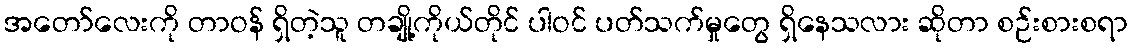
အတော်လေးကို တာဝန် ရှိတဲ့သူ တချို့ကိုယ်တိုင် ပါဝင် ပတ်သက်မှုတွေ ရှိနေသလား ဆိုတာ စဉ်းစားစရာ